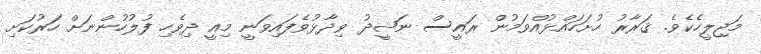
މަޖިލީހެކެވެ. ޤަރާރު ހުށަހައްޅުއްވަމުން ރައީސް ނަޝީދު ވިދާޅުވެފައިވަނީ މިއީ ދިވެހި ފުލުހުންނަށް ހަރުކަށި